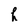
Character: h